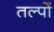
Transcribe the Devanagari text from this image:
तल्पों